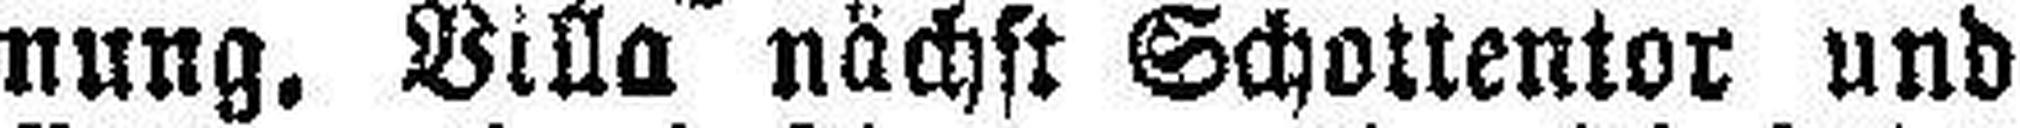
nung, Villa nächst Schottentor und